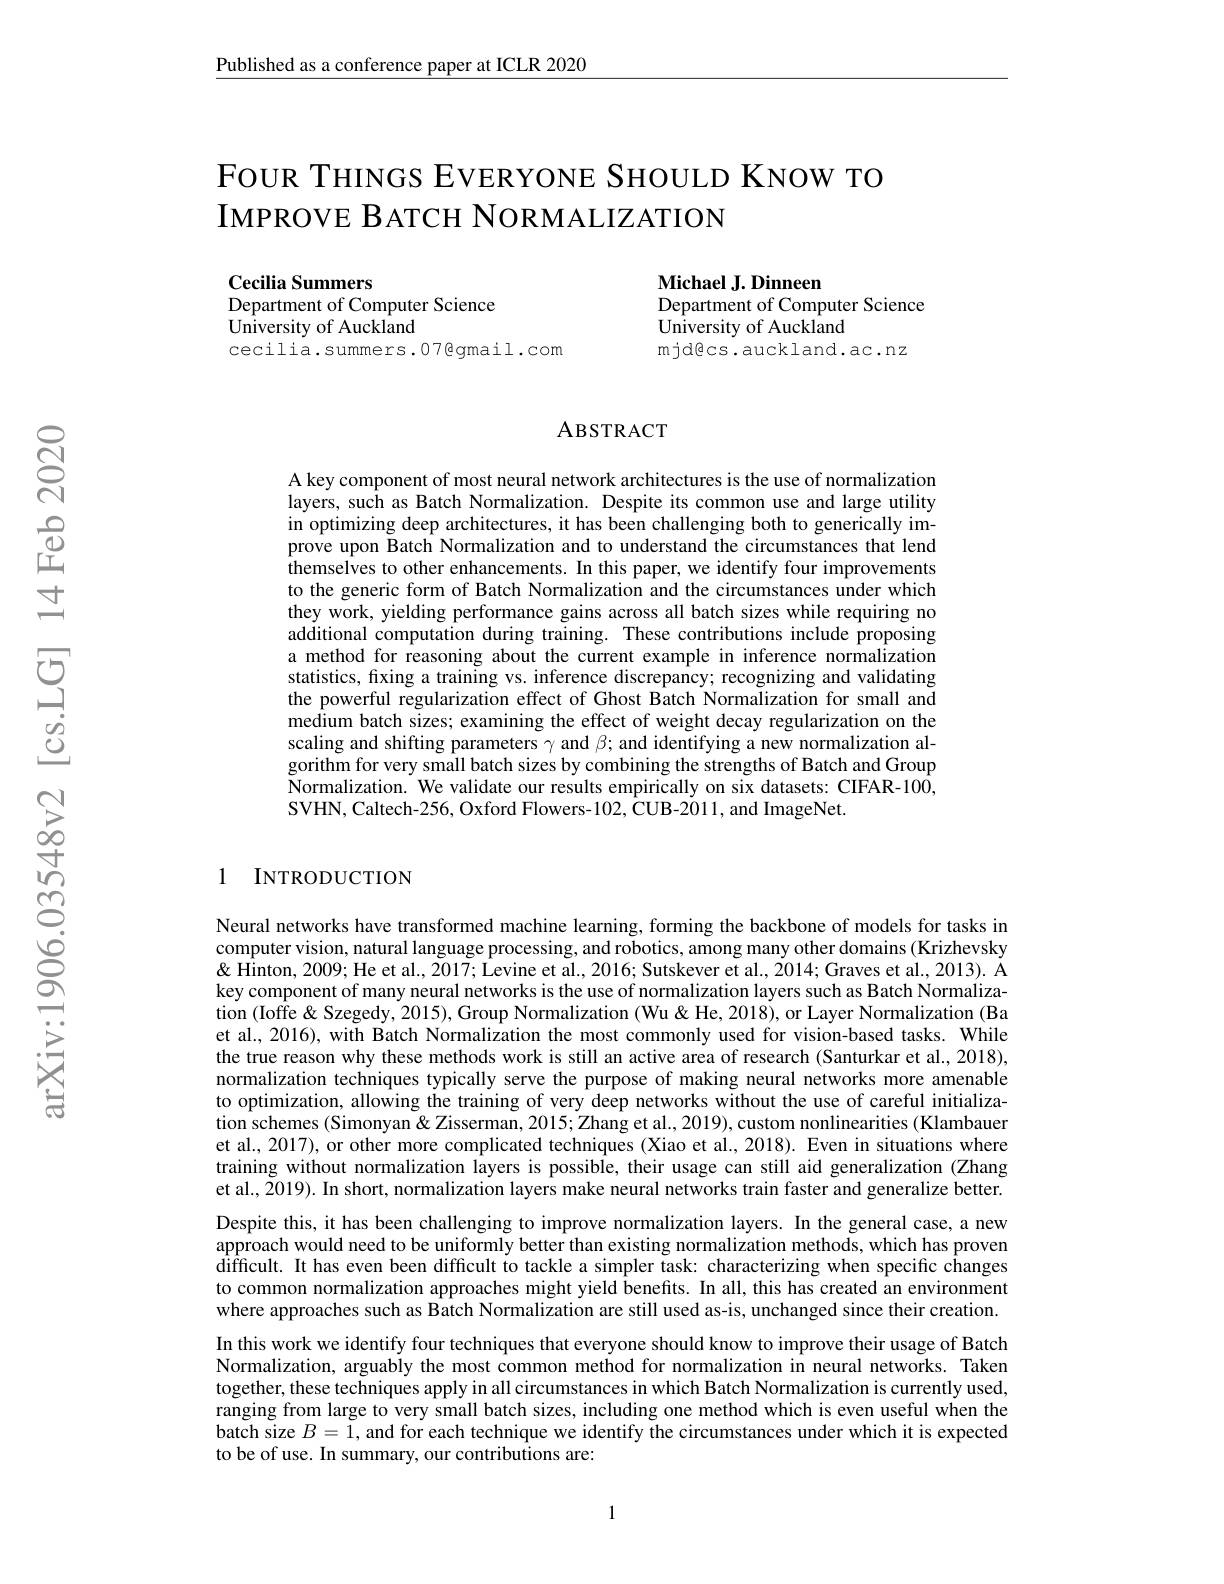
Published as a conference paper at ICLR 2020

## FOUR THINGS EVERYONE SHOULD KNOW TO IMPROVE BATCH NORMALIZATION

Cecilia Summers
Michael J. Dinneen
Department of Computer Science
Department of Computer Science
$\bar{\text{University of Auckland}}$
$\bar{\text{University of Auckland}}$
cecilia.summers.07@gmail.com
mjdêcs.auckland.ac.nz

### ABSTRACT

A key component of most neural network architectures is the use of normalization layers, such as Batch Normalization. Despite its common use and large utility in optimizing deep architectures, it has been challenging both to generically improve upon Batch Normalization and to understand the circumstances that lend themselves to other enhancements. In this paper, we identify four improvements to the generic form of Batch Normalization and the circumstances under which they work, yielding performance gains across all batch sizes while requiring no additional computation during training. These contributions include proposing a method for reasoning about the current example in inference normalization statistics, fixing a training vs. inference discrepancy; recognizing and validating the powerful regularization effect of Ghost Batch Normalization for small and medium batch sizes; examining the effect of weight decay regularization on the scaling and shifting parameters $\gamma$ and $\beta;$ and identifying a new normalization algorithm for very small batch sizes by combining the strengths of Batch and Group Normalization. We validate our results empirically on six datasets: CIFAR-100, SVHN, Caltech-256, Oxford Flowers-102, CUB-2011, and ImageNet.

### 1 INTRODUCTION

Neural networks have transformed machine learning, forming the backbone of models for tasks in computer vision, natural language processing, and robotics, among many other domains (Krizhevsky & ' Hinton, 2009; He et al., 2017; Levine et al., 2016; Sutskever et al., 2014; Graves et al., 2013). A key component of many neural networks is the use of normalization layers such as Batch Normalization (Ioffe & Szegedy, 2015), Group Normalization (Wu& He, 2018), or Layer Normalization (Ba et al., 2016), with Batch Normalization the most commonly used for vision-based tasks. While the true reason why these methods work is still an active area of research (Santurkar et al., 2018), normalization techniques typically serve the purpose of making neural networks more amenable to optimization, allowing the training of very deep networks without the use of careful initialization schemes (Simonyan & Zisserman, 2015; Zhang et al., 2019), custom nonlinearities (Klambauer et al., 2017), or other more complicated techniques (Xiao et al., 2018). Even in situations where training without normalization layers is possible, their usage can still aid generalization (Zhang et al., Ž019). In short, normalization layers make neural networks train faster and generalize better. Despite this, it has been challenging to improve normalization layers. In the general case, a new approach would need to be uniformly better than existing normalization methods, which has proven difficult. It has even been difficult to tackle a simpler task: characterizing when specific changes to common normalization approaches might yield benefits. In all, this has created an environment where approaches such as Batch Normalization are still used as-is, unchanged since their creation. In this work we identify four techniques that everyone should know to improve their usage of Batch Normalization, arguably the most common method for normalization in neural networks. Taken together, these techniques apply in all circumstances in which Batch Normalization is currently used, ranging from large to very small batch sizes, including one method which is even useful when the batch size $B=1$, and for each technique we identify the circumstances under which it is expected to be of use. In summary, our contributions are:

1